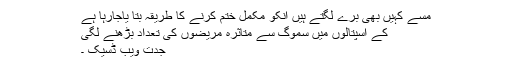
مسے کہیں بھی برے لگتے ہیں انکو مکمل ختم کرنے کا طریقہ بتا یاجارہا ہے
کے اسپتالوں میں سموگ سے متاثرہ مریضوں کی تعداد بڑھنے لگی
جدت ویب ڈسیک ۔